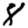
Digit: 8